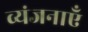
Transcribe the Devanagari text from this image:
व्यंजनाएँ